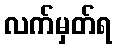
လက်မှတ်ရ